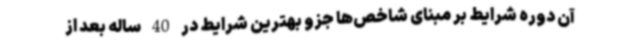
آن دوره شرایط بر مبنای شاخص‌ها جزو بهترین شرایط در 40 ساله بعد از